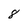
Character: 8